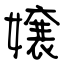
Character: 嬢